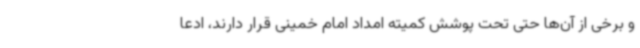
و برخی از آن‌ها حتی تحت پوشش کمیته امداد امام خمینی قرار دارند، ادعا